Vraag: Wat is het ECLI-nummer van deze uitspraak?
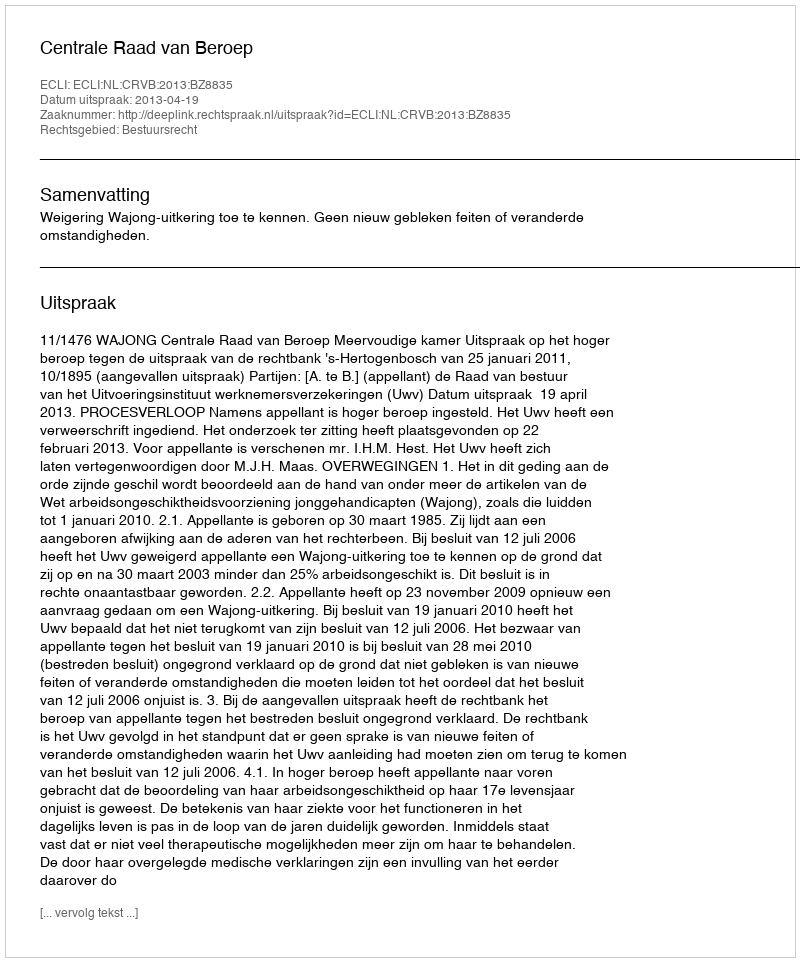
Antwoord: ECLI:NL:CRVB:2013:BZ8835